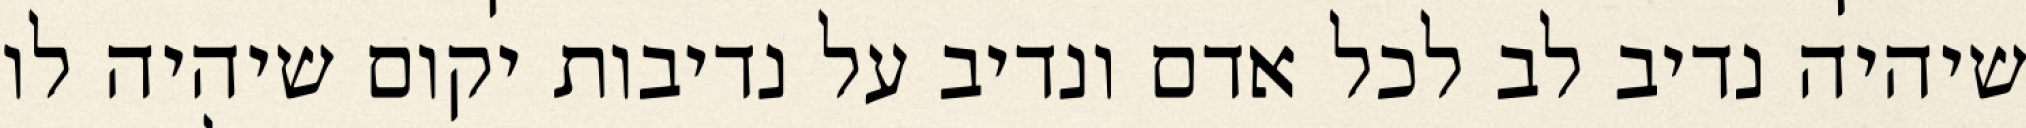
שיהיה נדיב לב לכל אדם ונדיב על נדיבות יקום שיהיה לו